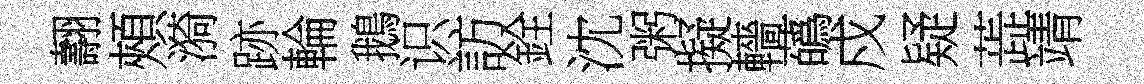
翿頰漪跡輪鵝识訪銓沈粥擬轖蘤戍疑蕋靖